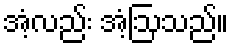
အံ့လည်း အံ့ဩသည်။